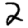
Digit: 2